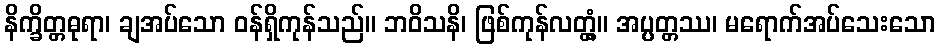
နိက္ခိတ္တဓုရာ၊ ချအပ်သော ဝန်ရှိကုန်သည်။ ဘဝိသနိ၊ ဖြစ်ကုန်လတ္တံ့။ အပ္ပတ္တဿ၊ မရောက်အပ်သေးသော